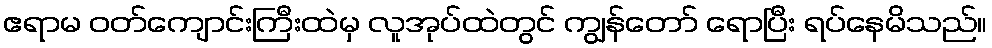
ဧရာမ ဝတ်ကျောင်းကြီးထဲမှ လူအုပ်ထဲတွင် ကျွန်တော် ရောပြီး ရပ်နေမိသည်။